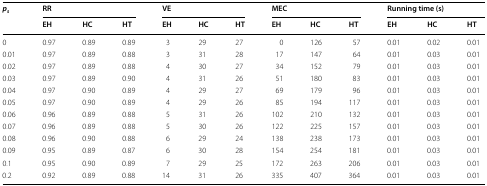
<table><thead><tr><td rowspan="2"><b><i>p</i><sub><i>s</i></sub></b></td><td colspan="3"><b>RR</b></td><td colspan="3"><b>VE</b></td><td colspan="3"><b>MEC</b></td><td colspan="3"><b>Running time (s)</b></td></tr><tr><td><b>EH</b></td><td><b>HC</b></td><td><b>HT</b></td><td><b>EH</b></td><td><b>HC</b></td><td><b>HT</b></td><td><b>EH</b></td><td><b>HC</b></td><td><b>HT</b></td><td><b>EH</b></td><td><b>HC</b></td><td><b>HT</b></td></tr></thead><tbody><tr><td>0</td><td>0.97</td><td>0.89</td><td>0.89</td><td>3</td><td>29</td><td>27</td><td>0</td><td>126</td><td>57</td><td>0.01</td><td>0.02</td><td>0.01</td></tr><tr><td>0.01</td><td>0.97</td><td>0.89</td><td>0.88</td><td>3</td><td>31</td><td>28</td><td>17</td><td>147</td><td>64</td><td>0.01</td><td>0.03</td><td>0.01</td></tr><tr><td>0.02</td><td>0.97</td><td>0.89</td><td>0.88</td><td>4</td><td>30</td><td>27</td><td>34</td><td>152</td><td>79</td><td>0.01</td><td>0.03</td><td>0.01</td></tr><tr><td>0.03</td><td>0.97</td><td>0.89</td><td>0.90</td><td>4</td><td>31</td><td>26</td><td>51</td><td>180</td><td>83</td><td>0.01</td><td>0.03</td><td>0.01</td></tr><tr><td>0.04</td><td>0.97</td><td>0.90</td><td>0.89</td><td>4</td><td>29</td><td>27</td><td>69</td><td>179</td><td>96</td><td>0.01</td><td>0.03</td><td>0.01</td></tr><tr><td>0.05</td><td>0.97</td><td>0.90</td><td>0.89</td><td>4</td><td>29</td><td>26</td><td>85</td><td>194</td><td>117</td><td>0.01</td><td>0.03</td><td>0.01</td></tr><tr><td>0.06</td><td>0.96</td><td>0.89</td><td>0.88</td><td>5</td><td>31</td><td>26</td><td>102</td><td>210</td><td>132</td><td>0.01</td><td>0.03</td><td>0.01</td></tr><tr><td>0.07</td><td>0.96</td><td>0.89</td><td>0.88</td><td>5</td><td>30</td><td>26</td><td>122</td><td>225</td><td>157</td><td>0.01</td><td>0.03</td><td>0.01</td></tr><tr><td>0.08</td><td>0.96</td><td>0.90</td><td>0.88</td><td>6</td><td>29</td><td>24</td><td>138</td><td>238</td><td>173</td><td>0.01</td><td>0.03</td><td>0.01</td></tr><tr><td>0.09</td><td>0.95</td><td>0.89</td><td>0.87</td><td>6</td><td>30</td><td>28</td><td>154</td><td>254</td><td>181</td><td>0.01</td><td>0.03</td><td>0.01</td></tr><tr><td>0.1</td><td>0.95</td><td>0.90</td><td>0.89</td><td>7</td><td>29</td><td>25</td><td>172</td><td>263</td><td>206</td><td>0.01</td><td>0.03</td><td>0.01</td></tr><tr><td>0.2</td><td>0.92</td><td>0.89</td><td>0.88</td><td>14</td><td>31</td><td>26</td><td>335</td><td>407</td><td>364</td><td>0.01</td><td>0.03</td><td>0.01</td></tr></tbody></table>